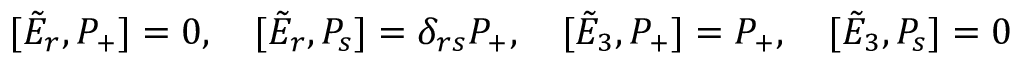
[ \tilde { E } _ { r } , P _ { + } ] = 0 , \quad [ \tilde { E } _ { r } , P _ { s } ] = \delta _ { r s } P _ { + } , \quad [ \tilde { E } _ { 3 } , P _ { + } ] = P _ { + } , \quad [ \tilde { E } _ { 3 } , P _ { s } ] = 0